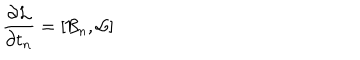
{ \frac { \partial { \cal L } } { \partial t _ { n } } } = [ { \cal B } _ { n } , { \cal L } ]